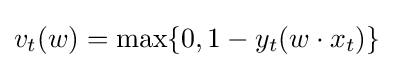
v_{t}(w)=\max\{0,1-y_{t}(w\cdot x_{t})\}